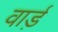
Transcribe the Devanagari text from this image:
वार्ड़